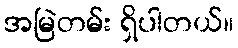
အမြဲတမ်း ရှိပါတယ်။